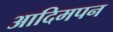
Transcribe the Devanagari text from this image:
आदिमपन